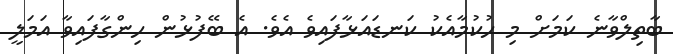
ބާތިލްވާނެ ކަމަށް މި ހުކުމާއެކު ކަނޑައަޅާފައިވެ އެވެ. އެ ބޭފުޅުން ހިންގާފައިވާ އަމަލީ